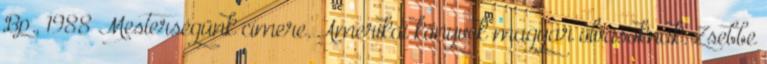
Bp., 1988 Mesterségünk címere. Amerikai könyvek magyar olvasóknak. Zsebbe